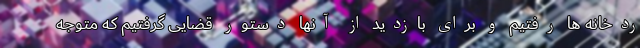
ردخانه ها رفتیم و برای بازدید از آنها دستور قضایی گرفتیم که متوجه